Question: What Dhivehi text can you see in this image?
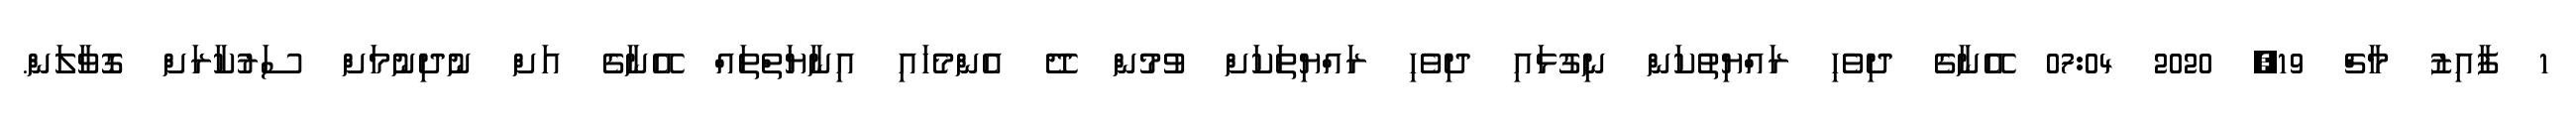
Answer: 1 ފާއިޒު މާޗް 19, 2020 07:04 އޭނާގެ ދިވެހި ރައްޔިތުކަން ނިގުޅައި ދިވެހި ރައްޔިތަކަށް ވުމުން ދޭ އެންމެހައި އިނާޔަތްތައް އޭނާގެ އަށް ނުދިނުމަށް ސަރުކާރަށް ގޮވާލަން.